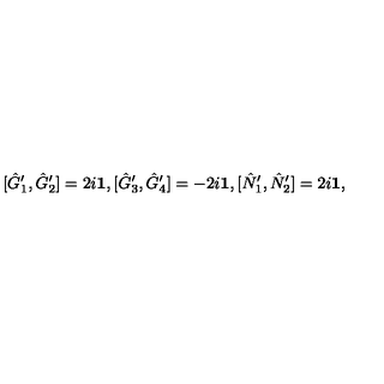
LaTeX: [ \hat { G } _ { 1 } ^ { \prime } , \hat { G } _ { 2 } ^ { \prime } ] = 2 i { \bf 1 } , [ \hat { G } _ { 3 } ^ { \prime } , \hat { G } _ { 4 } ^ { \prime } ] = - 2 i { \bf 1 } , [ \hat { N } _ { 1 } ^ { \prime } , \hat { N } _ { 2 } ^ { \prime } ] = 2 i { \bf 1 } ,